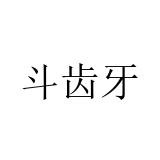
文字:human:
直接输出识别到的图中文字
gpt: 斗齿牙